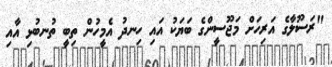
"ރަސޫލާގެ އަރިހަށް މަޖޫސީންގެ ބަޔަކު އައި ހިނދު އެމީހުން ތިބީ ތުނބުޅި އާއި